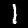
Label: 1